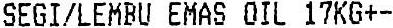
SEGI/LEMBU EMAS OIL 17KG+-